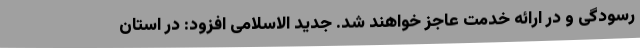
رسودگی و در ارائه خدمت عاجز خواهند شد. جدید الاسلامی افزود: در استان